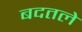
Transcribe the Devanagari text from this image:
बदतले